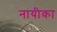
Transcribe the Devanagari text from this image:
नायीका